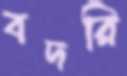
বদরি